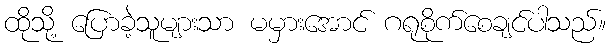
ထိုသို့ ပြောခဲ့သူများသာ မမှားအောင် ဂရုစိုက်စေချင်ပါသည်။